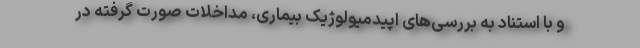
و با استناد به بررسی‌های اپیدمیولوژیک بیماری، مداخلات صورت گرفته در